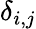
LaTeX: \delta_{i,j}